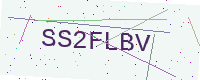
Text: SS2FLBV